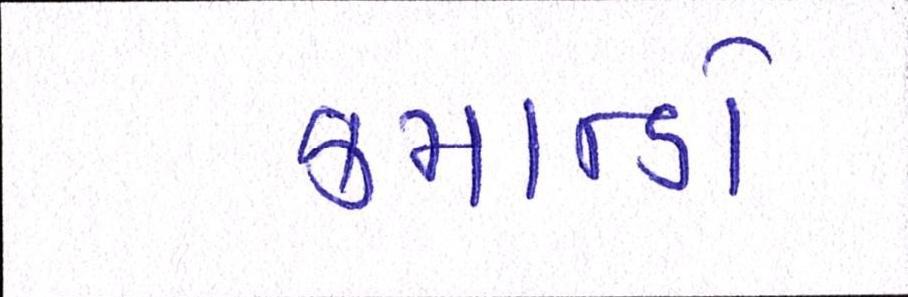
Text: કમાન્ડો